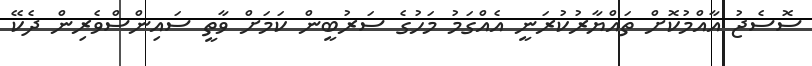
ސޮސެޖު އާއްމުކޮށް ތައްޔާރުކުރަނީ އެއްގަމު މަހުގެ ސަރުބީން ކަމަށް ވާތީ ސައިންސްވެރިން ދެކޭ